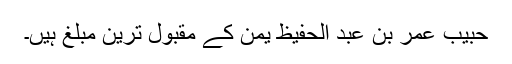
حبیب عمر بن عبد الحفیظ یمن کے مقبول ترین مبلغ ہیں۔